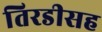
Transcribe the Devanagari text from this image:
तिरडीसह